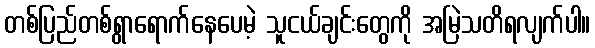
တစ်ပြည်တစ်ရွာရောက်နေပေမဲ့ သူငယ်ချင်းတွေကို အမြဲသတိရလျက်ပါ။